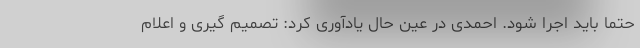
حتما باید اجرا شود. احمدی در عین حال یادآوری کرد: تصمیم گیری و اعلام